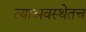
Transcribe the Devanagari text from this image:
त्याअवस्थेतच